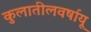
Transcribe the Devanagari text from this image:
कुलातीलवर्षायू